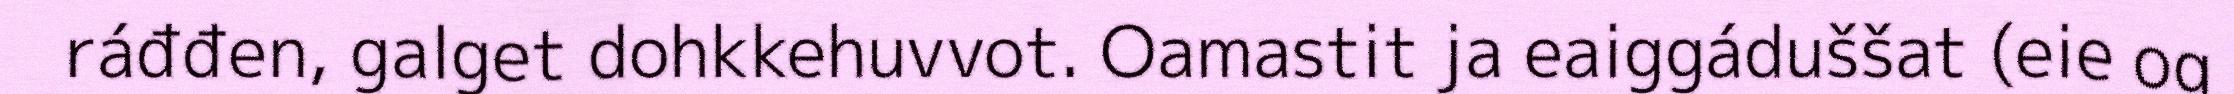
ráđđen, galget dohkkehuvvot. Oamastit ja eaiggáduššat (eie og